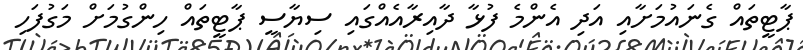
ޕާޓީތައް ގެނައުމަށާއި އަދި އެންމެ ފުޅާ ދާއިރާއެއްގައި ސިޔާސީ ޕާޓީތައް ހިންގުމަށް މަގުފަހި